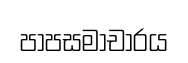
පාපසමාචාරය